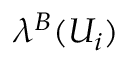
\lambda ^ { B } ( U _ { i } )